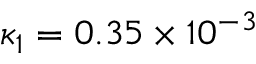
\kappa _ { 1 } = 0 . 3 5 \times 1 0 ^ { - 3 }